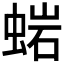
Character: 𧌹